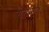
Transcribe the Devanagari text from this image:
बाबेरियाई